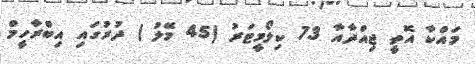
މައްކާ އޮތީ ޖިއްދާއާ 73 ކިލޯމީޓަރު (45 މޭލު ) ދުރުގައި އިބްރާހީމް